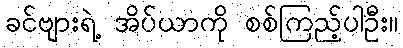
ခင်ဗျားရဲ့ အိပ်ယာကို စစ်ကြည့်ပါဦး။